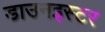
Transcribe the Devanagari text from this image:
डाउनइस्टर